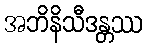
အဘိနိသီဒန္တဿ